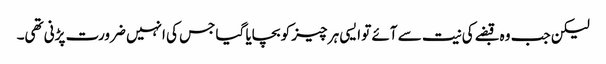
لیکن جب وہ قبضے کی نیت سے آئے تو ایسی ہر چیز کو بچایا گیا جس کی انہیں ضرورت پڑنی تھی۔